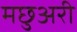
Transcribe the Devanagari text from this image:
मछुअरी